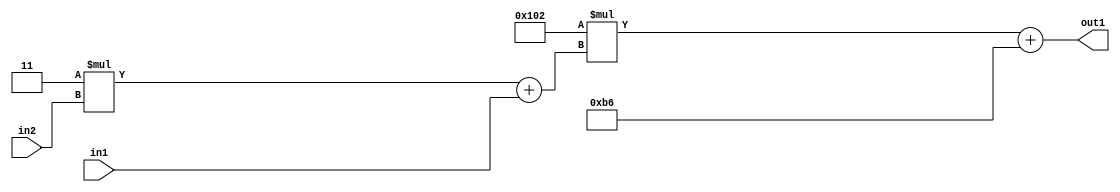
`timescale 1ps / 1ps
/*****************************************************************************
    Verilog RTL Description
    
    
    Created by: Stratus DpOpt 2019.1.01 
*******************************************************************************/

module DC_Filter_Add2i182Mul2i258Add2u1Mul2i3u2_1 (
	in2,
	in1,
	out1
	); /* architecture "behavioural" */ 
input [1:0] in2;
input  in1;
output [11:0] out1;
wire [11:0] asc001;
wire [3:0] asc002;

wire [3:0] asc002_tmp_0;
assign asc002_tmp_0 = 
	+(4'B0011 * in2);
assign asc002 = asc002_tmp_0
	+(in1);

wire [11:0] asc001_tmp_1;
assign asc001_tmp_1 = 
	+(12'B000100000010 * asc002);
assign asc001 = asc001_tmp_1
	+(12'B000010110110);

assign out1 = asc001;
endmodule

/* CADENCE  v7X0SQ0= : u9/ySgnWtBlWxVPRXgAZ4Og= ** DO NOT EDIT THIS LINE ******/